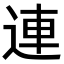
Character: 連